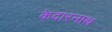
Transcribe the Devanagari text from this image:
केदारनाथ